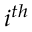
i ^ { t h }